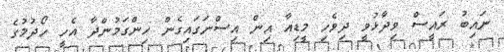
ނައިބު ރައީސް ވިދާޅުވީ ދިވެހި މީޑިއާ އިން އިސްނަގައިގެން ހިންގަމުންދާ އެހީ ހޯދުމުގެ